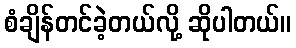
စံချိန်တင်ခဲ့တယ်လို့ ဆိုပါတယ်။